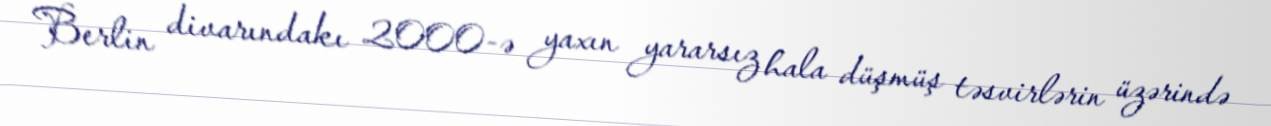
Berlin divarındakı 2000-ə yaxın yararsız hala düşmüş təsvirlərin üzərində